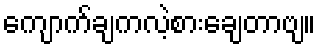
ကျောက်ချကလဲ့စားချေတာဗျ။